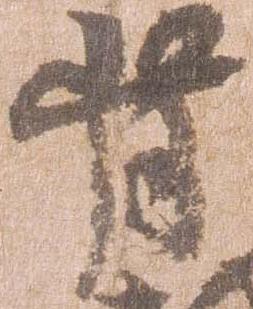
背